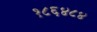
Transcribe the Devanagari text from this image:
१८६४८४